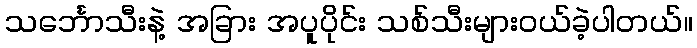
သင်္ဘောသီးနဲ့ အခြား အပူပိုင်း သစ်သီးများဝယ်ခဲ့ပါတယ်။